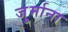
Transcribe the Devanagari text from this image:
जु्र्माना